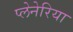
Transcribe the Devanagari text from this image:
प्लेनेरिया